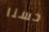
حسنا